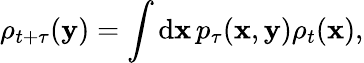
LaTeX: \rho_{t+\tau}(\mathbf{y})=\int\operatorname{d\mathbf{x}}p_{\tau}(\mathbf{x},\mathbf{y})\rho_{t}(\mathbf{x}),